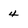
Character: 4